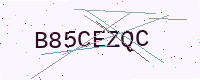
Text: B85CEZQC